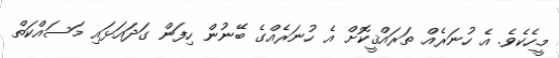
މީހެކެވެ. އެ ހުނަރެއް ތަރައްޤީކޮށް އެ ހުނަރެއްގެ ބޭނުން ހިފަން ގަދައަޅައި މަސައްކަތް